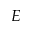
E